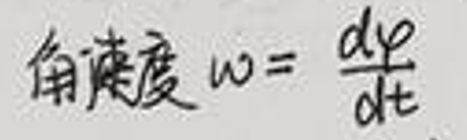
角速度\(\omega = \frac{d\varphi}{dt}\)